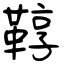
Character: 鞟